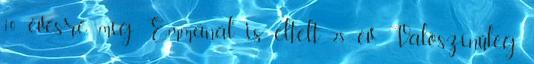
10 évesre, míg Emmánál is eltelt 28 év. Valószínűleg